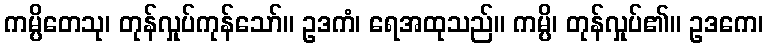
ကမ္ပိတေသု၊ တုန်လှုပ်ကုန်သော်။ ဥဒကံ၊ ရေအထုသည်။ ကမ္ပိ၊ တုန်လှုပ်၏။ ဥဒကေ၊